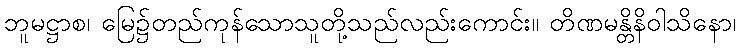
ဘူမဋ္ဌာစ၊ မြေ၌တည်ကုန်သောသူတို့သည်လည်းကောင်း။ တိဏမန္တိနိဝါသိနော၊